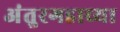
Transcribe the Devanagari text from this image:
अंतुरगडाच्या